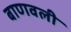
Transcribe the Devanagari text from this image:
बाणवली